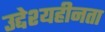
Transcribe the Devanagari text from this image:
उद्देश्यहीनता